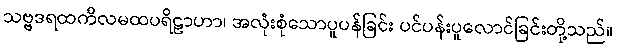
သဗ္ဗဒရထကိလမထပရိဠာဟာ၊ အလုံးစုံသောပူပန်ခြင်း ပင်ပန်းပူလောင်ခြင်းတို့သည်။